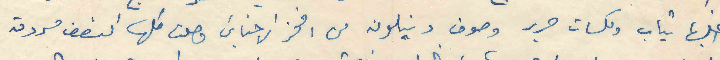
اغلبها تياب وكلسات حرير وصوف ونيلون من افخر الاجناس وصلت كلها النصف مسروقه